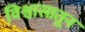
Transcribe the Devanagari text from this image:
विश्वासातून